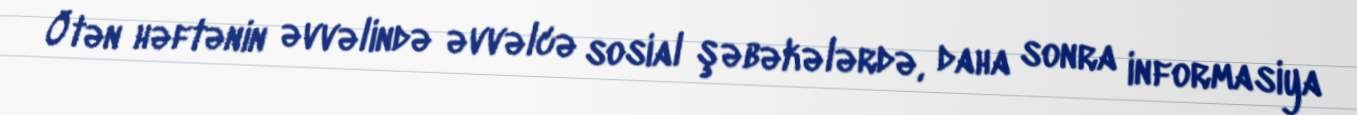
Ötən həftənin əvvəlində əvvəlcə sosial şəbəkələrdə, daha sonra informasiya